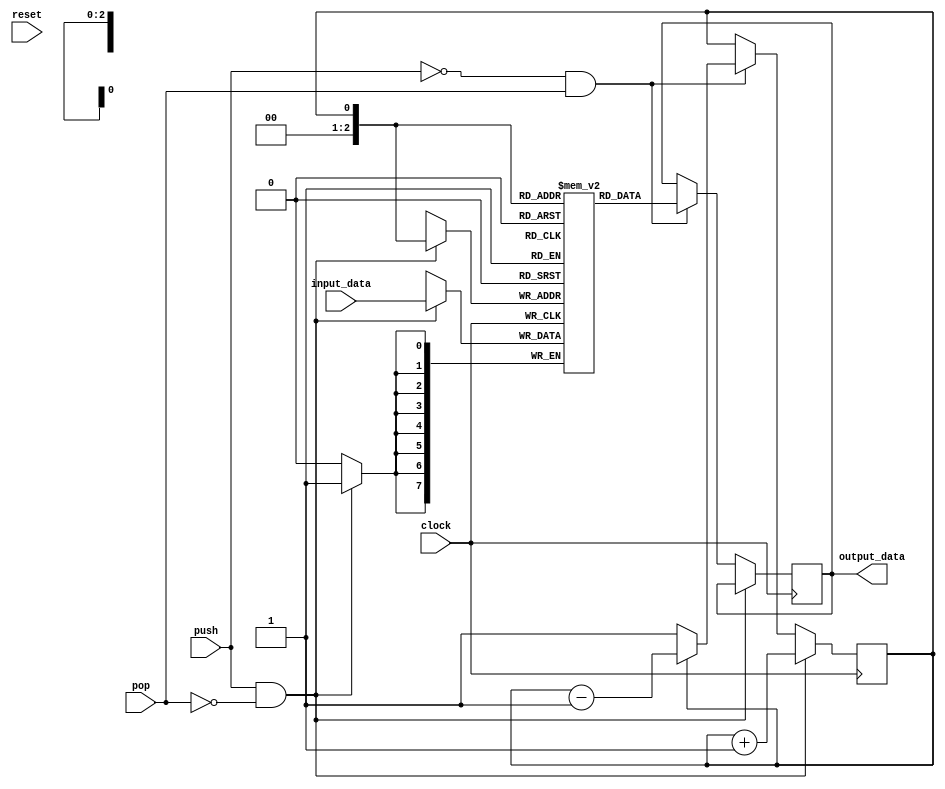
module LIFO_block (
  input wire clock,
  input wire reset,
  input wire push,
  input wire pop,
  input wire [7:0] input_data,
  output reg [7:0] output_data
);

reg [7:0] register_file [0:7];
reg top = 0;

always @(posedge clock) begin
  if(push && !pop) begin
    register_file[top] <= input_data;
    top <= (top == 7) ? 0 : top + 1;
  end
  else if(!push && pop) begin
    output_data <= register_file[top];
    top <= (top == 0) ? 7 : top - 1;
  end
end

endmodule